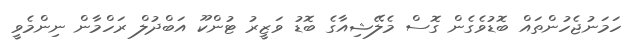
ހަމަނުޖެހުންތައް ބޮޑުވެގެން ގޮސް މެލޭޝިއާގެ ބޮޑު ވަޒީރު ޓުންކޫ އަބްދުލް ރަހްމާން ނިންމެވީ